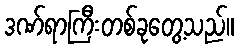
ဒဏ်ရာကြီးတစ်ခုတွေ့သည်။